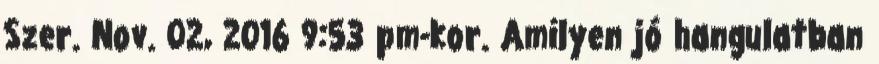
Szer. Nov. 02, 2016 9:53 pm-kor. Amilyen jó hangulatban